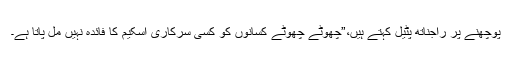
پوچھنے پر راجناتھ پٹیل کہتے ہیں،”چھوٹے چھوٹے کسانوں کو کسی سرکاری اسکیم کا فائدہ نہیں مل پاتا ہے۔